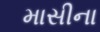
માસીના